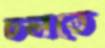
ঢলতে